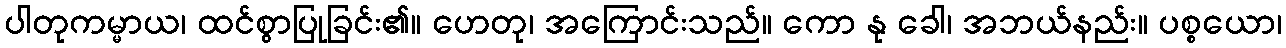
ပါတုကမ္မာယ၊ ထင်စွာပြုခြင်း၏။ ဟေတု၊ အကြောင်းသည်။ ကော နု ခေါ၊ အဘယ်နည်း။ ပစ္စယော၊